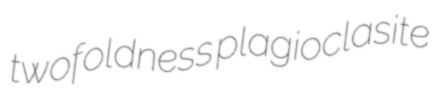
twofoldness plagioclasite